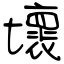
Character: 壞